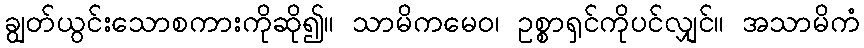
ချွတ်ယွင်းသောစကားကိုဆို၍။ သာမိကမေဝ၊ ဥစ္စာရှင်ကိုပင်လျှင်။ အသာမိကံ